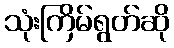
သုံးကြိမ်ရွတ်ဆို